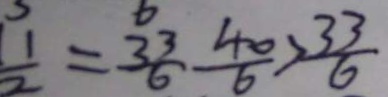
\frac { 1 } { 2 } = \frac { 3 3 } { 6 } \frac { 4 0 } { 6 } > \frac { 3 3 } { 6 }